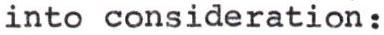
into consideration: